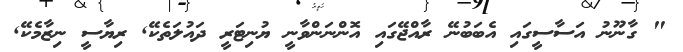
" ގާނޫނު އަސާސީގައި އެބަބުނޭ ރާއްޖޭގައި އޮންނަންވާނީ ޔުނިޓަރީ ދައުލަތެކޭ